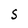
Character: S